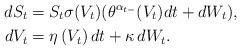
LaTeX: \begin{align*}dS_{t}&=S_{t}\sigma(V_t)(\theta^{\alpha_{t-}}(V_t)dt+dW_{t}), \\dV_{t}&=\eta \left( V_{t}\right) dt+\kappa\, dW_{t}.\end{align*}